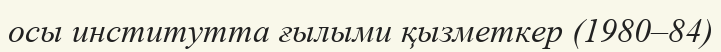
осы институтта ғылыми қызметкер (1980–84)